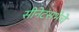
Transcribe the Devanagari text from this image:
सीनेटसभेचे